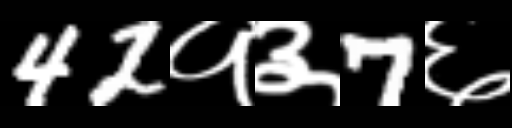
Text: 42१३7६